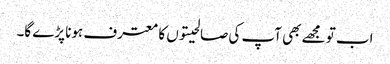
اب تو مجھے بھی آپ کی صالحیتوں کا معترف ہونا پڑے گا۔